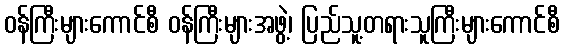
ဝန်ကြီးများကောင်စီ ဝန်ကြီးများအဖွဲ့၊ ပြည်သူ့တရားသူကြီးများကောင်စီ